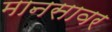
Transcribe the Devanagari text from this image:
मानसावर